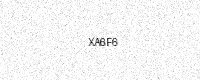
Text: XA6F6